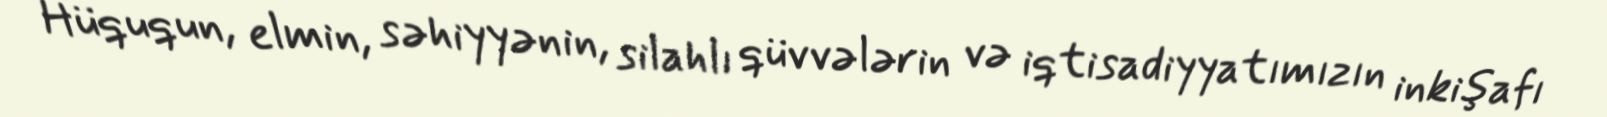
Hüququn, elmin, səhiyyənin, silahlı qüvvələrin və iqtisadiyyatımızın inkişafı